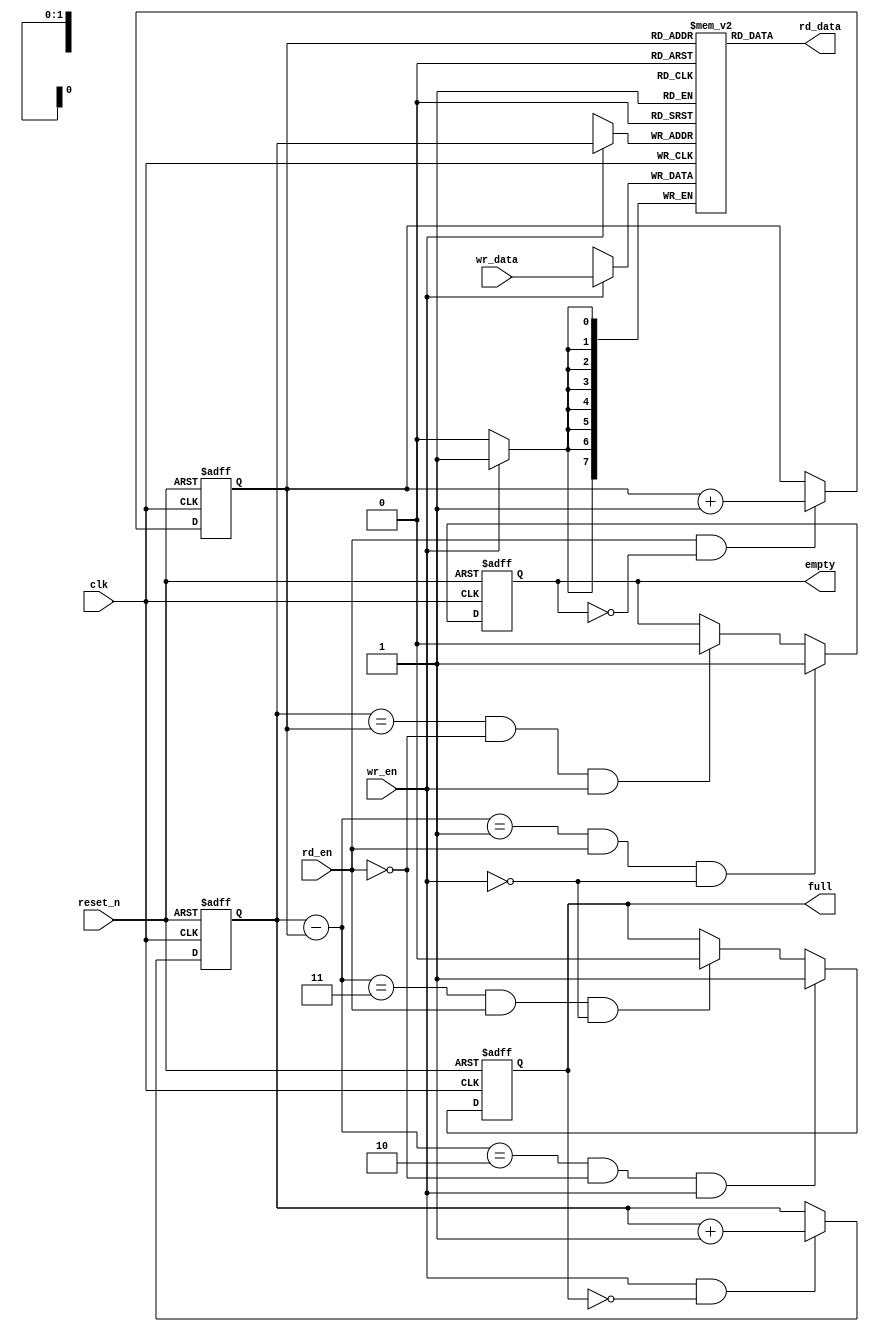
// This program was cloned from: https://github.com/Digital-EDA/Digital-IDE
// License: MIT License

`timescale  1ns/1ps
module sync_fifo #(
   parameter W = 8
)
(
	input 	    		clk, 
	input				reset_n, 
	input				rd_en,
	output [W-1 : 0]  	rd_data,
	input				wr_en, 
	input  [W-1 : 0]  	wr_data,
	output reg  		full, 
	output reg  		empty
);

parameter D = 4;

parameter AW  = (D == 4)   ? 2 :
				(D == 8)   ? 3 :
				(D == 16)  ? 4 :
				(D == 32)  ? 5 :
				(D == 64)  ? 6 :
				(D == 128) ? 7 :
				(D == 256) ? 8 : 0;
   
// synopsys translate_off
initial begin
	if (AW == 0) begin
	$display ("%m : ERROR!!! Fifo depth %d not in range 4 to 256", D);
	end // if (AW == 0)
end // initial begin

// synopsys translate_on

reg [W-1 : 0]    mem[D-1 : 0];
reg [AW-1 : 0]   rd_ptr, wr_ptr;
   
always @ (posedge clk or negedge reset_n) 
	if (reset_n == 1'b0) begin
		wr_ptr <= {AW{1'b0}} ;
	end
	else begin
		if (wr_en & !full) begin
		wr_ptr <= wr_ptr + 1'b1 ;
		end
	end

always @ (posedge clk or negedge reset_n) 
	if (reset_n == 1'b0) begin
		rd_ptr <= {AW{1'b0}} ;
	end
	else begin
		if (rd_en & !empty) begin
		rd_ptr <= rd_ptr + 1'b1 ;
		end
	end


always @ (posedge clk or negedge reset_n) 
	if (reset_n == 1'b0) begin
		empty <= 1'b1 ;
	end
	else begin
		empty <= (((wr_ptr - rd_ptr) == {{(AW-1){1'b0}}, 1'b1}) & rd_en & ~wr_en) ? 1'b1 : 
				((wr_ptr == rd_ptr) & ~rd_en & wr_en) ? 1'b0 : empty ;
	end

always @ (posedge clk or negedge reset_n) 
	if (reset_n == 1'b0) begin
		full <= 1'b0 ;
	end
	else begin
		full <= (((wr_ptr - rd_ptr) == {{(AW-1){1'b1}}, 1'b0}) & ~rd_en & wr_en) ? 1'b1 : 
				(((wr_ptr - rd_ptr) == {AW{1'b1}}) & rd_en & ~wr_en) ? 1'b0 : full ;
	end

always @ (posedge clk) 
	if (wr_en)
		mem[wr_ptr] <= wr_data;

assign  rd_data = mem[rd_ptr];


// synopsys translate_off
always @(posedge clk) begin
	if (wr_en && full) begin
		$display("%m : Error! sfifo overflow!");
	end
end

always @(posedge clk) begin
	if (rd_en && empty) begin
		$display("%m : error! sfifo underflow!");
	end
end
// synopsys translate_on
//---------------------------------------

endmodule